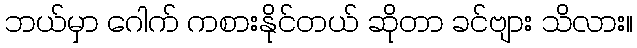
ဘယ်မှာ ဂေါက် ကစားနိုင်တယ် ဆိုတာ ခင်ဗျား သိလား။